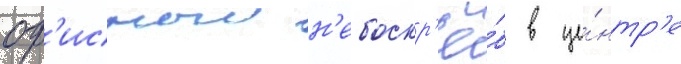
оф'исныи н'ебоскр'ё́б в це́нтр'е